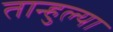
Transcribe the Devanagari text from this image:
तान्हुल्या